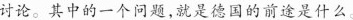
讨论。其中的一个问题，就是德国的前途是什么。